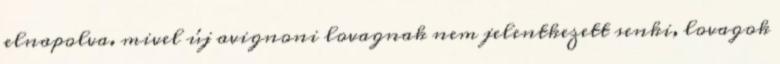
elnapolva. mivel új avignoni lovagnak nem jelentkezett senki, lovagok